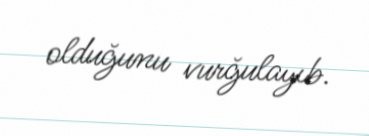
olduğunu vurğulayıb.